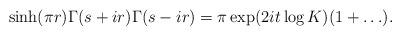
LaTeX: \begin{align*}\sinh(\pi r)\Gamma(s+ir)\Gamma(s-ir)=\pi\exp(2it\log K)(1+\ldots).\end{align*}